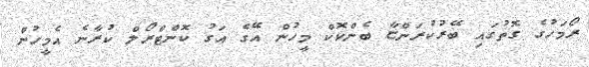
ރޯމަހުގެ ގޮތުގައި ބޭރުކުރަންޏާ ބެންކޮކް މީހުން އޭގެ އަގު ކޮންޓްރޯލް ކުރާނެ އެމީހުން